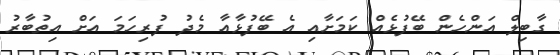
ގާބިލް އަންހެން ބޭފުޅެއް ކަމަށާއި އެ ބޭފުޅާއާ މެދު ފުރިހަމަ އަށް އިތުބާރު